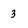
Character: 3